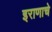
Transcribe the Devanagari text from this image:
इराणाचे